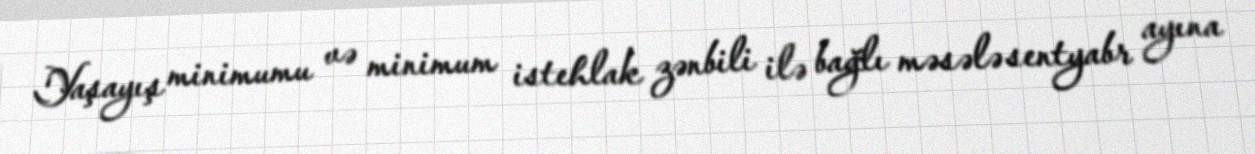
Yaşayış minimumu və minimum istehlak zənbili ilə bağlı məsələ sentyabr ayına